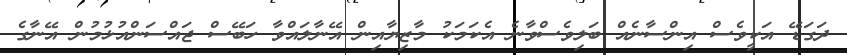
ދަގަޑޭ އަކީވެސް އިންސާނެއް ބަލިވެސްވާނެ އެކަމަކު މާޒިޔާއިން އޭނާލައްވާ ހަބޭސް ޖައްސަންއުޅުމުން އޭނާގެ